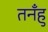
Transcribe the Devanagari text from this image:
तनँहु